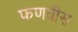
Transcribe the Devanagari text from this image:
फणवीस